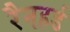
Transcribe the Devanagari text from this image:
रैनहर्ड